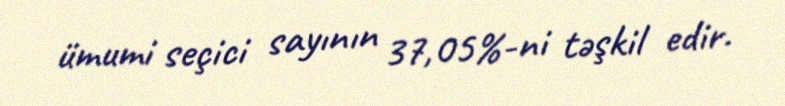
ümumi seçici sayının 37,05%-ni təşkil edir.